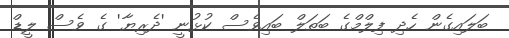
ބަލައިގެން ހެދި ފިލްމްގެ ބަތަލް ބައިވެސް ކުޅުނީ 'ދެރިޔާ' ގެ ވެސް ލީޑް